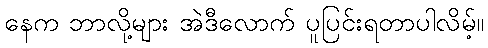
နေက ဘာလို့များ အဲဒီလောက် ပူပြင်းရတာပါလိမ့်။